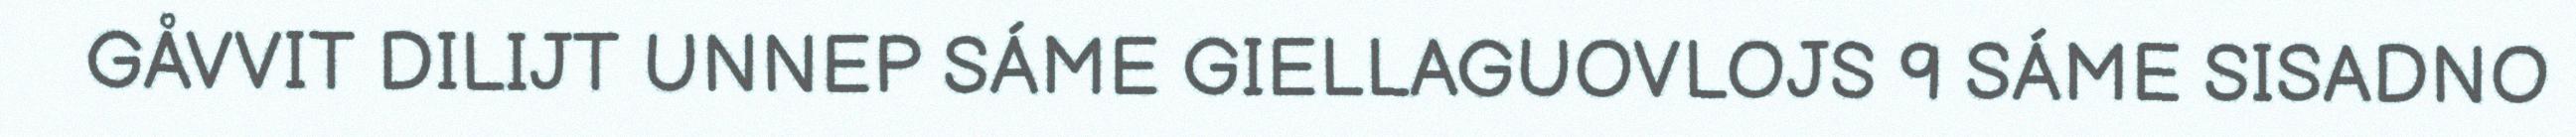
GÅVVIT DILIJT UNNEP SÁME GIELLAGUOVLOJS 9 SÁME SISADNO